Annual administration report of the Civil Veterinary Department of India - 1902-1903
Year: 1902
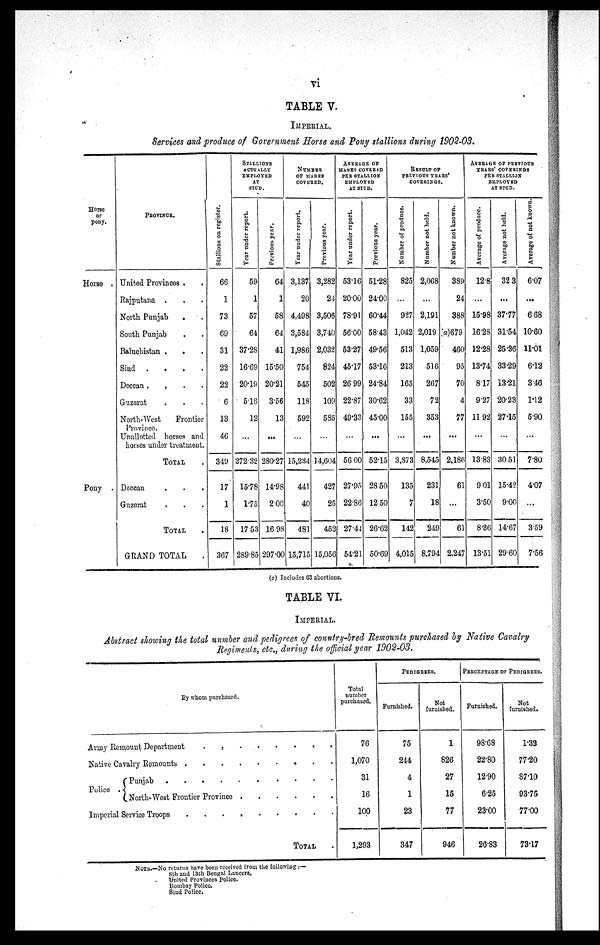
vi
TABLE V.
IMPERIAL.
Services and produce of Government Horse and Pony stallions during 1902-03.
Horse
or
pony.
Horse .
Pony .
PROVINCE.
United Provinces . .
Rajputana . . .
North Punjab
. .
South Punjab . .
Baluchistan . . .
Sind .
.
.
.
Deccan . . . .
Guzerat . . .
North-West
Frontier
Province.
Unallotted horses and
horses under treatment.
TOTAL .
Deccan
.
.
.
Guzerat . . . .
TOTAL .
GRAND TOTAL .
Stallions on register.
66
1
73
69
31
22
22
6
13
46
349
17
1
18
367
STALLIONS
ACTUALLY
EMPLOYED
AT
STUD.
Year under report.
59
1
57
64
37.28
16.69
20.19
5.16
12
...
272.32
15.78
1.75
17.53
289.85
Previous year.
64
1
58
64
41
15.50
20.21
3.56
13
...
280.27
14.98
2.00
16.98
297.00
NUMBER
OF MARES
COVERED.
Year under report.
3,137
20
4,498
3,584
1,986
754
545
118
592
...
15,234
441
40
481
15,715
Previous year.
3,282
24
3,506
3,740
2,032
824
502
109
585
...
14,604
427
25
452
15,056
AVERAGE OF
MARES COVERED
PER STALLION
EMPLOYED
AT STUD.
Year under report.
53.16
20.00
78.91
56.00
53.27
45.17
26.99
22.87
49.33
...
56.00
27.95
22.86
27.44
54.21
Previous year.
51.28
24.00
60.44
58.43
49.56
53.16
24.84
30.62
45.00
...
52.15
28.50
12.50
26.62
50.69
RESULT OF
PREVIOUS
YEARS'
COVERINGS.
Number of produce.
825
...
927
1,042
513
213
165
33
155
...
3,873
135
7
142
4,015
Number not held.
2,068
...
2,191
2,019
1,059
516
267
72
353
...
8,545
231
18
249
8,794
Number not known.
389
24
388
(a)679
460
95
70
4
77
...
2,186
61
...
61
2,247
AVERAGE OF PREVIOUS
YEARS'
COVERINGS
PER STALLION
EMPLOYED
AT STUD.
Average of produce.
12.8
...
15.98
16.28
12.28
13.74
8.17
9.27
11.92
...
13.83
9.01
3.50
8.36
13.51
Average not held.
32.3
...
37.77
31.54
25.36
33.29
13.21
20.23
27.15
...
30.51
15.42
9.00
14.67
29.60
Average of not known.
6.07
...
6.68
10.60
11.01
6.12
3.46
1.12
5.90
...
7.80
4.07
...
3.59
7.56
(a) Includes 63 abortions.
TABLE VI.
IMPERIAL.
Abstract showing the total number and pedigrees of country-bred Remounts purchased by Native Cavalry
Regiments, etc., during the official year 1902-03.
By whom purchased.
Army Remount Department
.
.
.
.
.
.
Native Cavalry
Remounts
.
.
.
.
.
Police . Punjab . . . . . . . . . .
North-West Frontier Province
.
.
.
.
.
.
Imperial Service Troops . . . . . . . . .
TOTAL .
Total
number
purchased.
76
1,070
31
16
100
1,293
PEDIGRES.
Furnished.
75
244
4
1
23
347
Not
furnished.
1
826
27
15
77
946
PERCENTAGE OF PEDIGREES.
Furnished.
98.68
22.80
12.90
6.25
23.00
26.83
Not
furnished.
1.32
77.20
87.10
93.75
77.00
73.17
NOTE.—No returns liave been received from the following:—
8th and 13th Bengal Lancers.
United Provinces Police.
Bombay Police.
Sind Police.